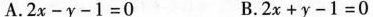
A.$$2 x - y - 1 = 0$$ B.$$2 x + y - 1 = 0$$